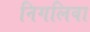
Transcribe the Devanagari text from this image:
निगलिवा